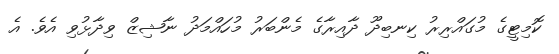
ކޮމިޓީގެ މުގައްރިރު ކިނބިދޫ ދާއިރާގެ މެންބަރު މުހައްމަދު ނާޝިޒް ވިދާޅުވި އެވެ. އެ